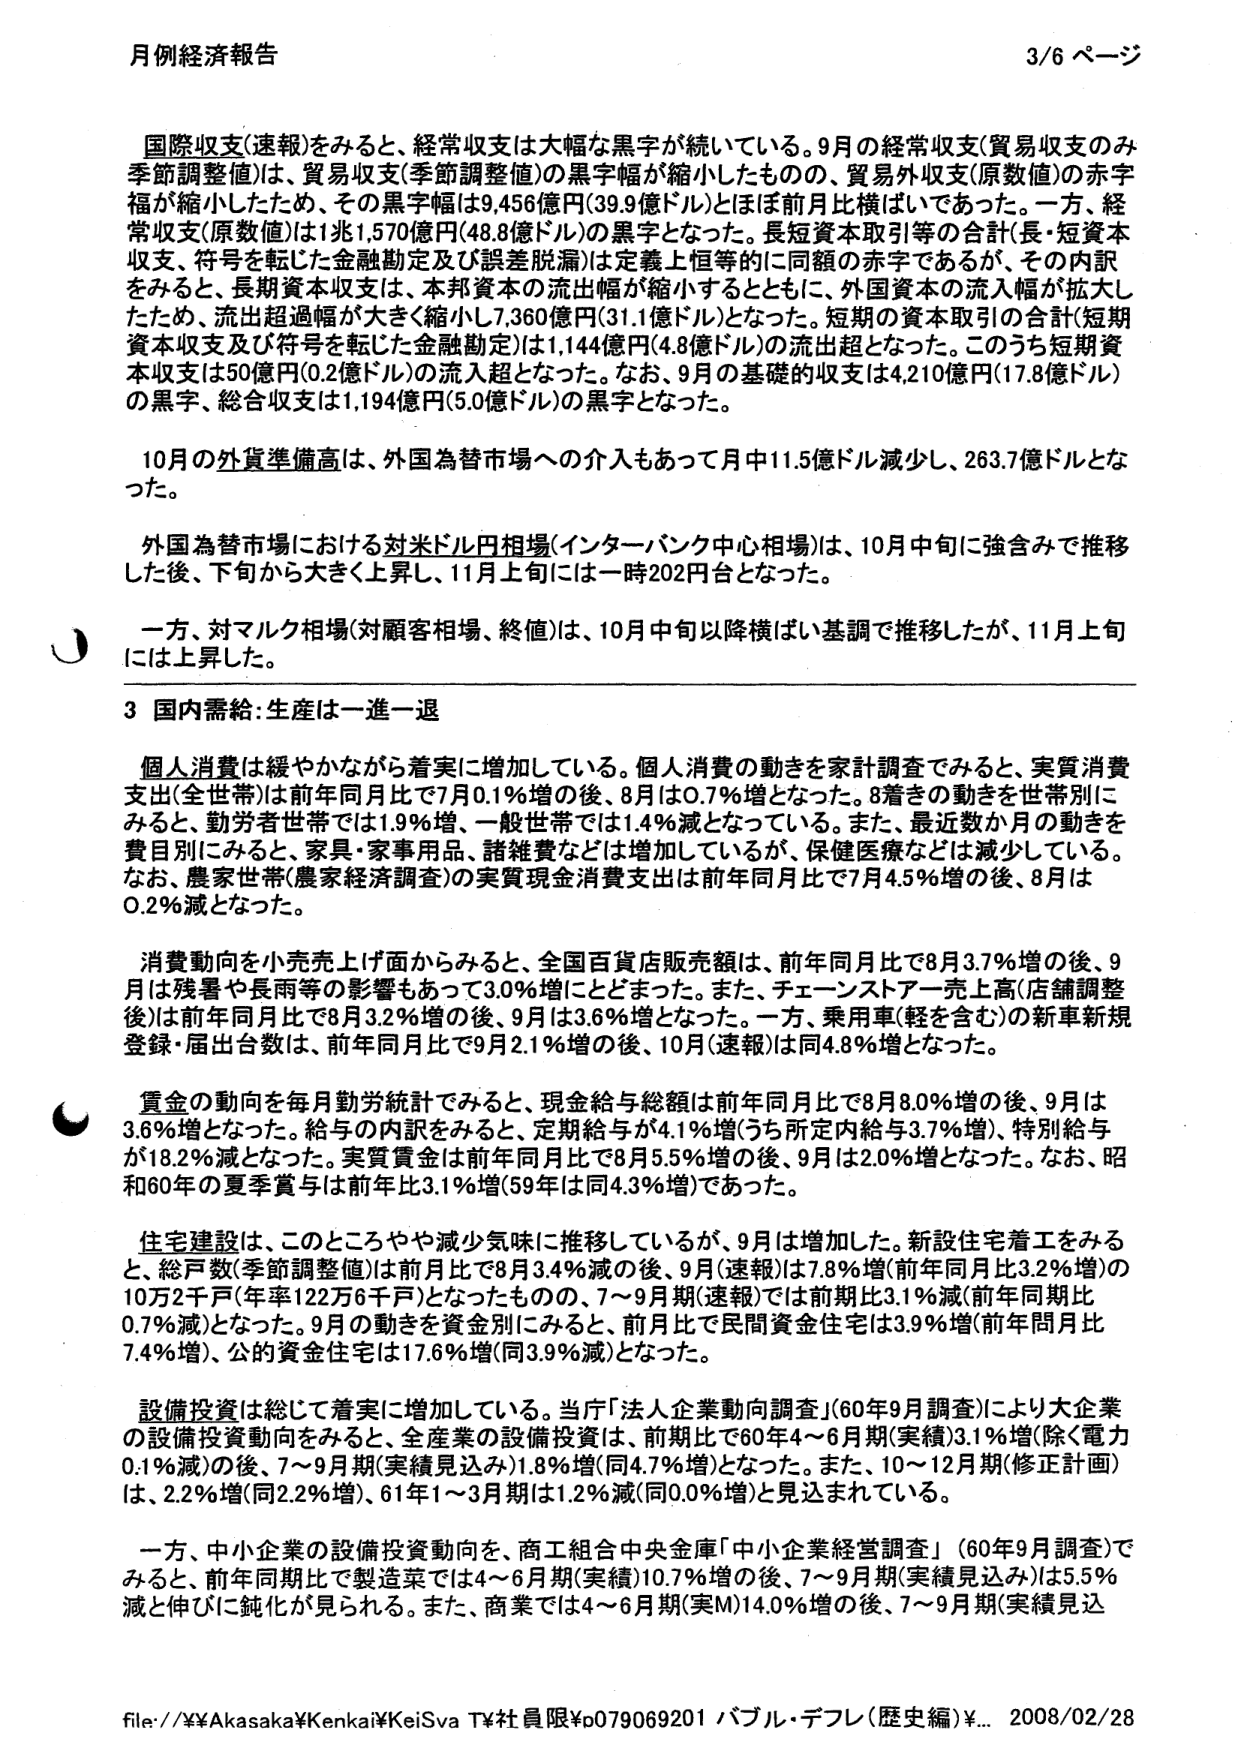
月例経済報告 3/6 ページ

国際収支(速報)をみると、経常収支は大幅な黒字が続いている。9月の経常収支(貿易収支のみ季節調整値)は、貿易収支(季節調整値)の黒字幅が縮小したものの、貿易外収支(原数値)の赤字幅が縮小したため、その黒字幅は9,456億円(39.9億ドル)とほぼ前月比横ばいであった。一方、経常収支(原数値)は1兆1,570億円(48.8億ドル)の黒字となった。長短資本取引等の合計(長・短資本収支、符号を転じた金融勘定及び誤差脱漏)は定義上恒等的に同額の赤字であるが、その内訳をみると、長期資本収支は、本邦資本の流出幅が縮小するとともに、外国資本の流入幅が拡大したため、流出超過幅が大きく縮小し7,360億円(31.1億ドル)となった。短期の資本取引の合計(短期資本収支及び符号を転じた金融勘定)は1,144億円(4.8億ドル)の流出超となった。このうち短期資本収支は50億円(0.2億ドル)の流入超となった。なお、9月の基礎的収支は4,210億円(17.8億ドル)の黒字、総合収支は1,194億円(5.0億ドル)の黒字となった。

10月の外貨準備高は、外国為替市場への介入もあって月中11.5億ドル減少し、263.7億ドルとなった。

外国為替市場における対米ドル円相場(インターバンク中心相場)は、10月中旬に強含みで推移した後、下旬から大きく上昇し、11月上旬には一時202円台となった。

一方、対マルク相場(対顧客相場、終値)は、10月中旬以降横ばい基調で推移したが、11月上旬には上昇した。

3 国内需給:生産は一進一退

個人消費は緩やかながら着実に増加している。個人消費の動きを家計調査でみると、実質消費支出(全世帯)は前年同月比で7月0.1%増の後、8月は0.7%増となった。8月きの動きを世帯別にみると、勤労者世帯では1.9%増、一般世帯では1.4%減となっている。また、最近数か月の動きを費目別にみると、家具・家事用品、諸雑費などは増加しているが、保健医療などは減少している。なお、農家世帯(農家経済調査)の実質現金消費支出は前年同月比で7月4.5%増の後、8月は0.2%減となった。

消費動向を小売売上げ面からみると、全国百貨店販売額は、前年同月比で8月3.7%増の後、9月は残暑や長雨等の影響もあって3.0%増にとどまった。また、チェーンストア一売上高(店舗調整後)は前年同月比で8月3.2%増の後、9月は3.6%増となった。一方、乗用車(軽を含む)の新車新規登録・届出台数は、前年同月比で9月2.1%増の後、10月(速報)は同4.8%増となった。

賃金の動向を毎月勤労統計でみると、現金給与総額は前年同月比で8月8.0%増の後、9月は3.6%増となった。給与の内訳をみると、定期給与が4.1%増(うち所定内給与3.7%増)、特別給与が18.2%減となった。実質賃金は前年同月比で8月5.5%増の後、9月は2.0%増となった。なお、昭和60年の夏季賞与は前年比3.1%増(59年は同4.3%増)であった。

住宅建設は、このところやや減少気味に推移しているが、9月は増加した。新設住宅着工をみると、総戸数(季節調整値)は前月比で8月3.4%減の後、9月(速報)は7.8%増(前年同月比3.2%増)の10万2千戸(年率122万6千戸)となったものの、7～9月期(速報)では前期比3.1%減(前年同期比0.7%減)となった。9月の動きを資金別にみると、前月比で民間資金住宅は3.9%増(前年同月比7.4%増)、公的資金住宅は17.6%増(同3.9%減)となった。

設備投資は総じて着実に増加している。当庁「法人企業動向調査」(60年9月調査)により大企業の設備投資動向をみると、全産業の設備投資は、前期比で60年4～6月期(実績)3.1%増(除く電力0.1%増)の後、7～9月期(実績見込み)1.8%増(同4.7%増)となった。また、10～12月期(修正計画)は、2.2%増(同2.2%増)、61年1～3月期は1.2%減(同0.0%増)と見込まれている。

一方、中小企業の設備投資動向を、商工組合中央金庫「中小企業経営調査」(60年9月調査)でみると、前年同期比で製造業では4～6月期(実績)10.7%増の後、7～9月期(実績見込み)は5.5%減と伸びに鈍化が見られる。また、商業では4～6月期(実M)14.0%増の後、7～9月期(実績見込

file://¥¥Akasaka¥Kenkai¥KeiSva T¥社員限¥p079069201 バブル・デフレ(歴史編)¥... 2008/02/28